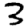
Digit: 3